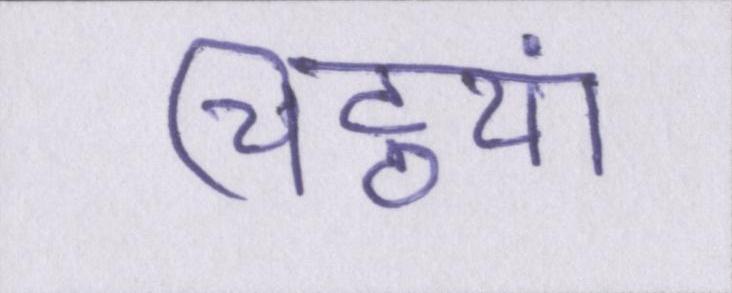
चिट्ठयां